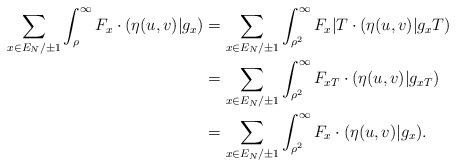
LaTeX: \begin{align*}\sum_{x \in E_N/\pm 1} \int_\rho^\infty F_x \cdot (\eta(u,v)|g_x) & = \sum_{x \in E_N/\pm 1} \int_{\rho^2}^\infty F_x | T \cdot (\eta(u,v)|g_x T)\\& = \sum_{x \in E_N/\pm 1} \int_{\rho^2}^\infty F_{xT} \cdot (\eta(u,v)|g_{xT})\\& = \sum_{x \in E_N/\pm 1} \int_{\rho^2}^\infty F_x \cdot (\eta(u,v)|g_x).\end{align*}